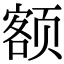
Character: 额